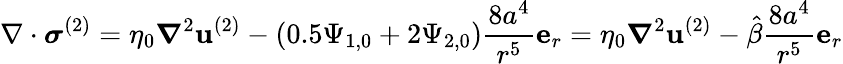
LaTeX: \nabla\cdot\boldsymbol{\sigma}^{(2)}=\eta_{0}\boldsymbol{\nabla}^{2}\mathbf{u}^{(2)}-(0.5\Psi_{1,0}+2\Psi_{2,0})\frac{8a^{4}}{r^{5}}\mathbf{e}_{r}=\eta_{0}\boldsymbol{\nabla}^{2}\mathbf{u}^{(2)}-\hat{\beta}\frac{8a^{4}}{r^{5}}\mathbf{e}_{r}